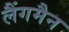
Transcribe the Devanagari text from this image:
लैंगमैन